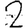
Digit: 2